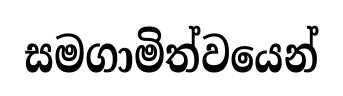
සමගාමිත්වයෙන්